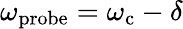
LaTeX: \omega_{\mathrm{probe}}=\omega_{\mathrm{c}}-\delta